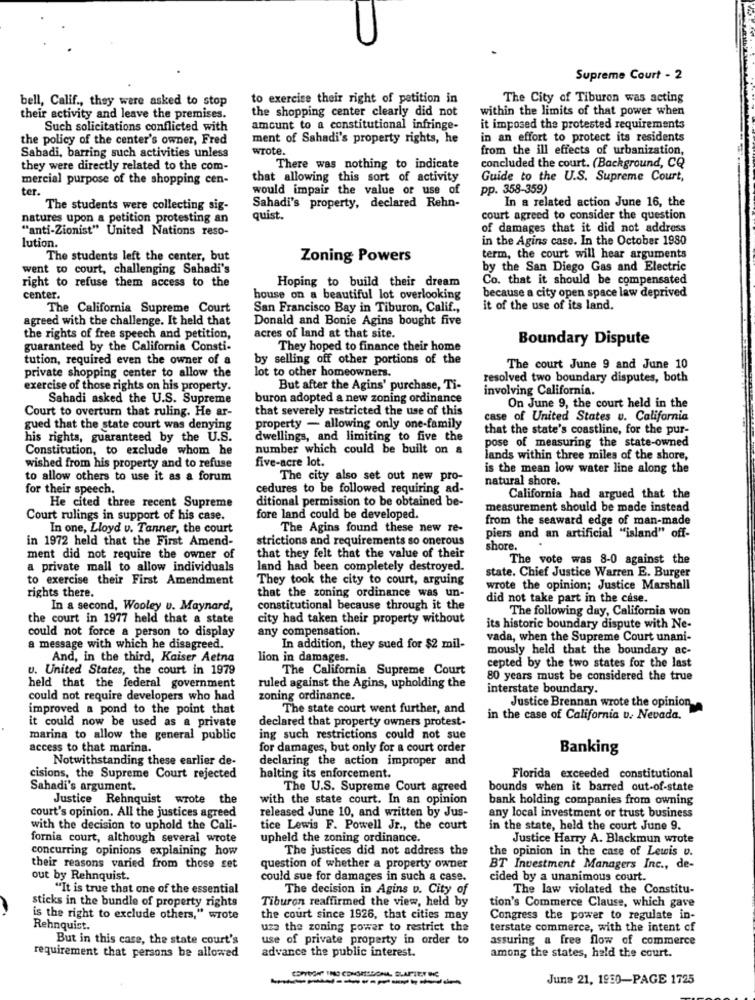
Supreme Court - 2
bell, Calif ., they were asked to stop
to exercise their right of petition in
The City of Tiburon was acting
the shopping center clearly did not
within the limits of that power when
their activity and leave the premises.
Such solicitations conflicted with
amount to a constitutional infringe-
it imposed the protested requirements
the policy of the center's owner, Fred
ment of Sahadi's property rights, he
in an effort to protect its residents
wrote.
from the ill effects of urbanization,
Sabadi, barring such activities unless
they were directly related to the com-
There was nothing to indicate
concluded the court. (Background, CQ
mercial purpose of the shopping cen-
that allowing this sort of activity
Guide to the U.S. Supreme Court,
ter.
would impair the value of use of
pp. 358-359)
In a related action June 16, the
The students were collecting sig-
Sahadi's property, declared Rehn-
natures upon a petition protesting an
quist.
court agreed to consider the question
"anti-Zionist" United Nations reso-
of damages that it did not address
in the Agins case. In the October 1980
lution.
The students left the center, but
Zoning Powers
term, the court will hear arguments
went to court, challenging Sahadi's
by the San Diego Gas and Electric
right to refuse them access to the
Hoping to build their dream
Co. that it should be compensated
center.
house on a beautiful lot overlooking
because a city open space law deprived
The California Supreme Court
San Francisco Bay in Tiburon, Calif .,
it of the use of its land.
agreed with the challenge. It held that
Donald and Bonie Agins bought five
the rights of free speech and petition,
acres of land at that site.
Boundary Dispute
guaranteed by the California Consti-
They hoped to finance their home
tution, required even the owner of a
by selling off other portions of the
private shopping center to allow the
lot to other homeowners.
The court June 9 and June 10
resolved two boundary disputes, both
exercise of those rights on his property.
But after the Agins' purchase, Ti-
involving California.
Sahadi asked the U.S. Supreme
buron adopted a new zoning ordinance
Court to overturn that ruling. He ar-
that severely restricted the use of this
On June 9, the court held in the
case of United States u. California
gued that the state court was denying
property - allowing only one-family
that the state's coastline, for the pur-
his rights, guaranteed by the U.S.
dwellings, and limiting to five the
pose of measuring the state-owned
Constitution, to exclude whom he
number which could be built on &
five-acre lot.
lands within three miles of the shore,
wished from his property and to refuse
is the mean low water line along the
to allow others to use it as a forum
The city also set out new pro-
natural shore.
for their speech.
cedures to be followed requiring ad-
He cited three recent Supreme
ditional permission to be obtained be-
California had argued that the
measurement should be made instead
Court rulings in support of his case.
fore land could be developed.
from the seaward edge of man-made
In one, Lloyd v. Tanner, the court
The Agins found these new re-
in 1972 held that the First Amend-
strictions and requirements so onerous
piers and an artificial "island" off-
shore.
ment did not require the owner of
that they felt that the value of their
The vote was 8-0 against the
a private mall to allow individuals
land had been completely destroyed.
to exercise their First Amendment
They took the city to court, arguing
state. Chief Justice Warren E. Burger
wrote the opinion; Justice Marshall
rights there.
that the zoning ordinance was un-
did not take part in the case.
In a second, Wooley u. Maynard,
constitutional because through it the
The following day, California won
the court in 1977 held that a state
city had taken their property without
could not force a person to display
any compensation.
its historic boundary dispute with Ne-
vada, when the Supreme Court unani-
a message with which he disagreed.
In addition, they sued for $2 mil-
mously held that the boundary ac-
And, in the third, Kaiser Aetna
lion in damages.
u. United States, the court in 1979
The California Supreme Court
cepted by the two states for the last
80 years must be considered the true
held that the federal government
ruled against the Agins, upholding the
interstate boundary.
could not require developers who had
zoning ordinance.
improved a pond to the point that
The state court went further, and
Justice Brennan wrote the opinion
declared that property owners protest-
in the case of California u. Nevada.
it could now be used as a private
marina to allow the general public
ing such restrictions could not sue
access to that marina.
for damages, but only for a court order
Banking
Notwithstanding these earlier de-
declaring the action improper and
cisions, the Supreme Court rejected
halting its enforcement.
Florida exceeded constitutional
Sahadi's argument.
The U.S. Supreme Court agreed
bounds when it barred out-of-state
Justice Rehnquist wrote the
with the state court. In an opinion
bank holding companies from owning
court's opinion. All the justices agreed
released June 10, and written by Jus-
any local investment or trust business
with the decision to uphold the Cali-
tice Lewis F. Powell Jr ., the court
in the state, held the court June 9.
fornia court, although several wrote
upheld the zoning ordinance.
Justice Harry A. Blackmun wrote
concurring opinions explaining how
The justices did not address the
the opinion in the case of Lewis o.
their reasons varied from those set
question of whether a property owner
BT Investment Managers Inc ., de-
out by Rehnquist.
could sue for damages in such a case.
cided by a unanimous court.
"It is true that one of the essential
The decision in Agins v. City of
The law violated the Constitu-
Tiburon reaffirmed the view, held by
tion's Commerce Clause, which gave
sticks in the bundle of property rights
is the right to exclude others," wrote
the court since 1926, that cities may
Congress the power to regulate in-
Rehnquist.
uza the zoning power to restrict the
terstate commerce, with the intent of
But in this case, the state court's
use of private property in order to
assuring a free flow of commerce
advance the public interest.
requirement that persons be allowed
among the states, hald the court.
June 21, 1950-PAGE 1725